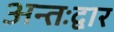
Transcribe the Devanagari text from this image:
अन्तःद्वार